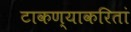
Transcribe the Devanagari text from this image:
टाकण्याकरितां